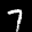
Label: 7